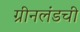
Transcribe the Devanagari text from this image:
ग्रीनलंडची